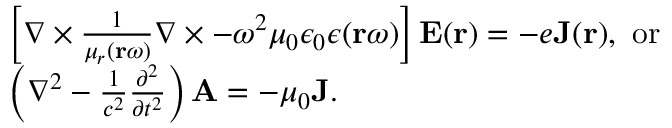
\begin{array} { r l } & { \left[ \nabla \times \frac { 1 } { \mu _ { r } ( \mathbf { r } \omega ) } \nabla \times - \omega ^ { 2 } \mu _ { 0 } \epsilon _ { 0 } \epsilon ( \mathbf { r } \omega ) \right] \mathbf { E } ( \mathbf { r } ) = - e \mathbf { J } ( \mathbf { r } ) , \mathrm { ~ o r ~ } } \\ & { \left( \nabla ^ { 2 } - \frac { 1 } { c ^ { 2 } } \frac { \partial ^ { 2 } } { \partial t ^ { 2 } } \right) \mathbf { A } = - \mu _ { 0 } \mathbf { J } . } \end{array}